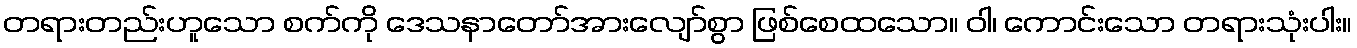
တရားတည်းဟူသော စက်ကို ဒေသနာတော်အားလျော်စွာ ဖြစ်စေထသော။ ဝါ၊ ကောင်းသော တရားသုံးပါး။